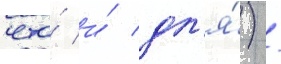
что́ и́ дл'я́) /